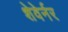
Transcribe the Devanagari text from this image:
शेवेर्नर